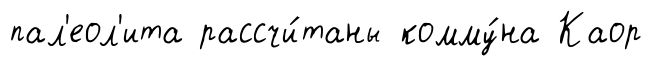
пал'еол'ита рассчи́таны комму́на Каор